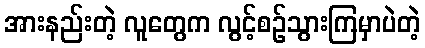
အားနည်းတဲ့ လူတွေက လွင့်စဉ်သွားကြမှာပဲတဲ့